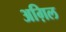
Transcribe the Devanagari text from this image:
अग़िल